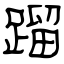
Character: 蹓